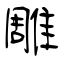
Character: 雕